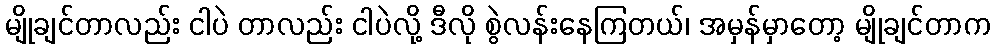
မျိုချင်တာလည်း ငါပဲ တာလည်း ငါပဲလို့ ဒီလို စွဲလန်းနေကြတယ်၊ အမှန်မှာတော့ မျိုချင်တာက